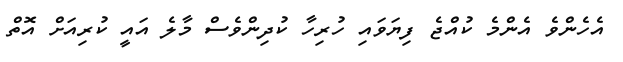
އެހެންވެ އެންމެ ކުއްޖެ ފިޔަވައި ހުރިހާ ކުދިންވެސް މާލެ އައީ ކުރިއަށް އޮތް